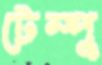
টেম্পু